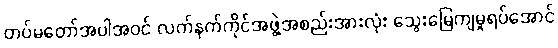
တပ်မတော်အပါအဝင် လက်နက်ကိုင်အဖွဲ့အစည်းအားလုံး သွေးမြေကျမှုရပ်အောင်